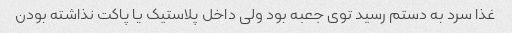
غذا سرد به دستم رسید توی جعبه بود ولی داخل پلاستیک یا پاکت نذاشته بودن